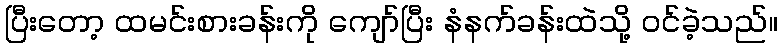
ပြီးတော့ ထမင်းစားခန်းကို ကျော်ပြီး နံနက်ခန်းထဲသို့ ဝင်ခဲ့သည်။